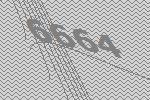
6664